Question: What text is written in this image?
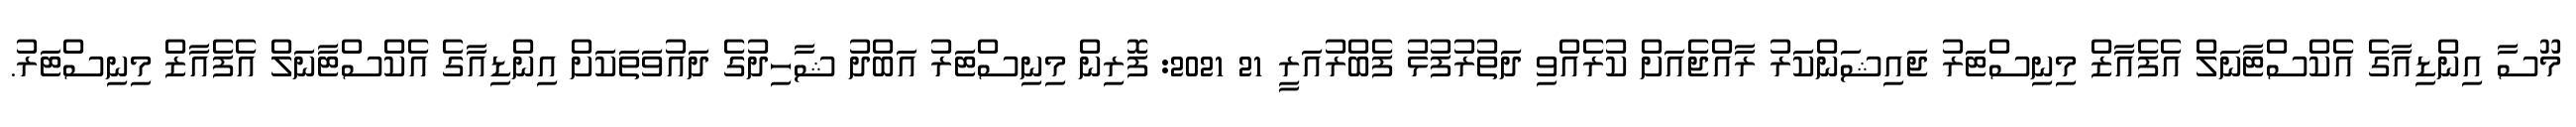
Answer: މޫސާ އިންޑިއާގެ އެކްސްޓާނަލް އެފެއާޒް މިނިސްޓަރު ޖައިޝަންކަރު ރާއްޖެއަށް ކުރެއްވި ދަތުރުފުޅު ފެބްރުއަރީ 21 2021: ފޮރިން މިނިސްޓަރު އަބްދު ޝާހިދުގެ ދައުވަތަކަށް އިންޑިއާގެ އެކްސްޓާނަލް އެފެއާޒް މިނިސްޓަރު.